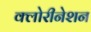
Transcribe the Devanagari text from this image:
क्लोरीनेशन